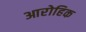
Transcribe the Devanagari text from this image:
आरोहिक